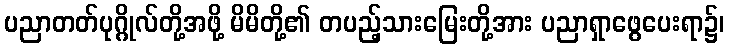
ပညာတတ်ပုဂ္ဂိုလ်တို့အဖို့ မိမိတို့၏ တပည့်သားမြေးတို့အား ပညာရှာဖွေပေးရာ၌၊